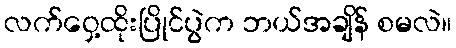
လက်ဝှေ့ထိုးပြိုင်ပွဲက ဘယ်အချိန် စမလဲ။